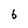
Character: 6